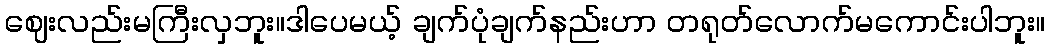
ဈေးလည်းမကြီးလှဘူး။ဒါပေမယ့် ချက်ပုံချက်နည်းဟာ တရုတ်လောက်မကောင်းပါဘူး။